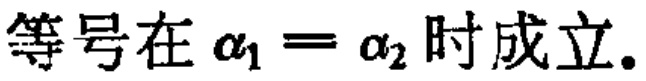
等号在\(\alpha_1 = \alpha_2\)时成立.